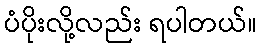
ပံပိုးလို့လည်း ရပါတယ်။